Scottish Leaving Certificate Examination, 1958
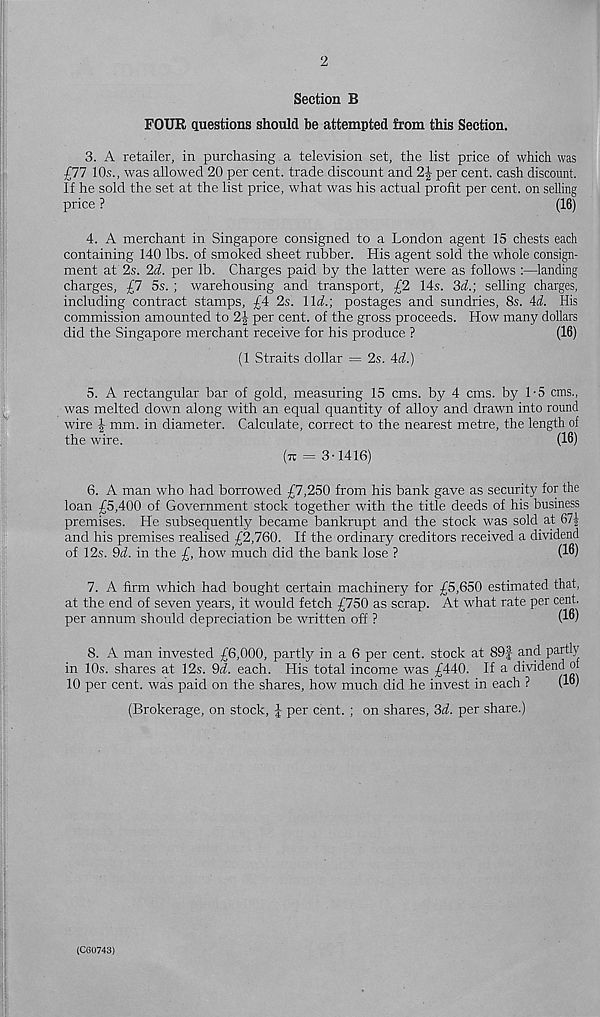
2
Section B
FOUR questions should be attempted from this Section.
3. A retailer, in purchasing a television set, the list price of which was
£77 10s., was allowed 20 per cent, trade discount and 2J per cent, cash discount.
If he sold the set at the list price, what was his actual profit per cent, on selling
price ?
(16)
4. A merchant in Singapore consigned to a London agent 15 chests each
containing 140 lbs. of smoked sheet rubber. His agent sold the whole consign-
ment at 2s. 2d. per lb. Charges paid by the latter were as follows :—landing
charges, £7 5s. ; warehousing and transport, £2 14s. 3(1; selling charges,
including contract stamps, £4 2s. 11^.; postages and sundries, 8s. 4i. His
commission amounted to 2J per cent, of the gross proceeds. How many dollars
did the Singapore merchant receive for his produce ?
(16)
(1 Straits dollar = 2s. 4(7.)
5. A rectangular bar of gold, measuring 15 cms. by 4 cms. by 1-5 cms.,
was melted down along with an equal quantity of alloy and drawn into round
wire J mm. in diameter. Calculate, correct to the nearest metre, the length of
the wire.
(16)
(tt = 3-1416)
6. A man who had borrowed £7,250 from his bank gave as security for the
loan £5,400 of Government stock together with the title deeds of his business
premises. He subsequently became bankrupt and the stock was sold at 67f
and his premises realised £2,760. If the ordinary creditors received a dividend
of 12s. 9(7. in the £, how much did the bank lose ?
(t' , l
7. A firm which had bought certain machinery for £5,650 estimated that,
at the end of seven years, it would fetch £750 as scrap. At what rate per cent,
per annum should depreciation be written off ?
(16)
8. A man invested £6,000, partly in a 6 per cent, stock at 89| and partly
in 10s. shares at 12s. 9d. each. His total income was £440. If a dividend of
10 per cent, was paid on the shares, how much did he invest in each ?
(lb)
(Brokerage, on stock, | per cent. ; on shares, 3<7. per share.)
(CG0743)